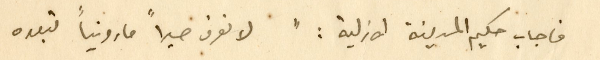
فاجاب حكيم المدينة الازلية : " لا نعرف حبراً مارونياً تبعده